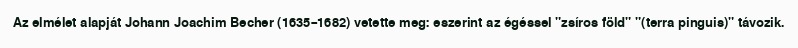
Az elmélet alapját Johann Joachim Becher (1635–1682) vetette meg: eszerint az égéssel "zsíros föld" "(terra pinguis)" távozik.